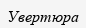
Увертюра